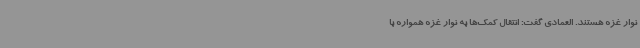
نوار غزه هستند. العمادی گفت: انتقال کمک‌ها به نوار غزه همواره با